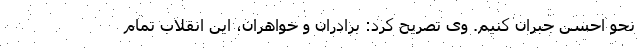
نحو احسن جبران کنیم. وی تصریح کرد: برادران و خواهران، این انقلاب تمام